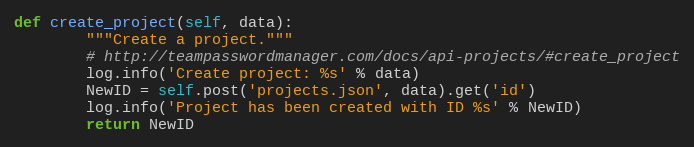
Language: Python
def create_project(self, data):
        """Create a project."""
        # http://teampasswordmanager.com/docs/api-projects/#create_project
        log.info('Create project: %s' % data)
        NewID = self.post('projects.json', data).get('id')
        log.info('Project has been created with ID %s' % NewID)
        return NewID